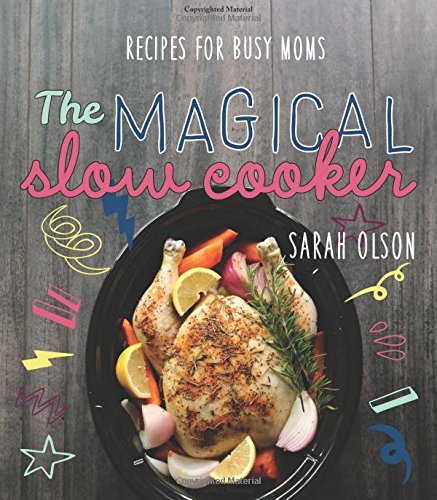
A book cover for The Magical Slow Cooker: Recipes for Busy Moms; Sarah Olson; Cookbooks, Food & Wine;